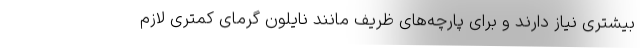
بیشتری نیاز دارند و برای پارچه‌های ظریف مانند نایلون گرمای کمتری لازم